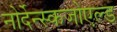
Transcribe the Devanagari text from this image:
नोर्देन्स्कजोएल्ड